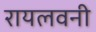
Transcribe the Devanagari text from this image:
रायलवनी